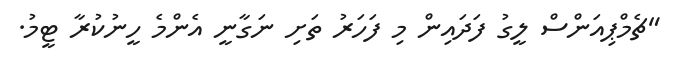
"ޗެމްޕިއަންސް ލީގު ފަދައިން މި ފަހަރު ތަށި ނަގާނީ އެންމެ ހީނުކުރާ ޓީމު.